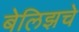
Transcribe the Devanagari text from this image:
बेलिझचे